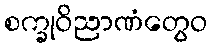
စက္ခုဝိညာဏံတွေဝ